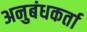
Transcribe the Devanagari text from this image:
अनुबंधकर्ता